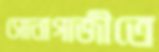
সোনাগাজীতে